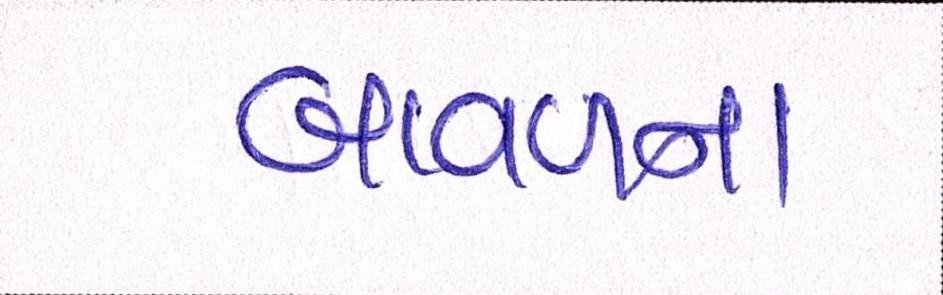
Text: બાવળના